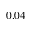
0 . 0 4